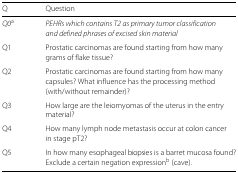
| Q | Question |
 | --- | --- |
 | Q0a | PEHRs which contains T2 as primary tumor classification |
 |  | and defined phrases of excised skin material |
 | Q1 | Prostatic carcinomas are found starting from how many |
 |  | grams of flake tissue? |
 | Q2 | Prostatic carcinomas are found starting from how many |
 |  | capsules? What influence has the processing method |
 |  | (with/without remainder)? |
 | Q3 | How large are the leiomyomas of the uterus in the entry |
 |  | material? |
 | Q4 | How many lymph node metastasis occur at colon cancer |
 |  | in stage pT2? |
 | Q5 | In how many esophageal biopsies is a barret mucosa found? |
 |  | Exclude a certain negation expressionb (cave). |